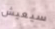
سيعيش